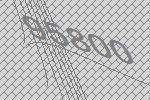
95800